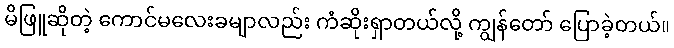
မိဖြူဆိုတဲ့ ကောင်မလေးခမျာလည်း ကံဆိုးရှာတယ်လို့ ကျွန်တော် ပြောခဲ့တယ်။